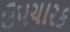
ઉપચારક